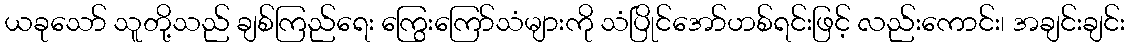
ယခုသော် သူတို့သည် ချစ်ကြည်ရေး ကြွေးကြော်သံများကို သံပြိုင်အော်ဟစ်ရင်းဖြင့် လည်းကောင်း၊ အချင်းချင်း